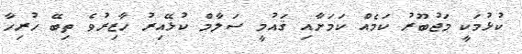
ކުޅުމަކީ މަޖުބޫރު ކަމެއް ކަމަށާއި ޤައުމީ ސަލާމް ކުޅޭއިރު ހާޒިރުވެ ތިބޭ ހުރިހާ